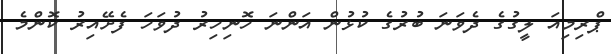
ޕްރިމިއަ ލީގުގެ ދެވަނަ ބުރުގެ ކުޅުން އަންނަ ހޮނިހިރު ދުވަހަ ފެށޭއިރު ކޮންމެ